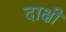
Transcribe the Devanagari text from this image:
दाक्षी